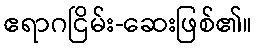
ဧရာဂငြိမ်း-ဆေးဖြစ်၏။